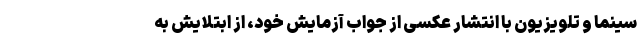
سینما و تلویزیون با انتشار عکسی از جواب آزمایش خود، از ابتلایش به